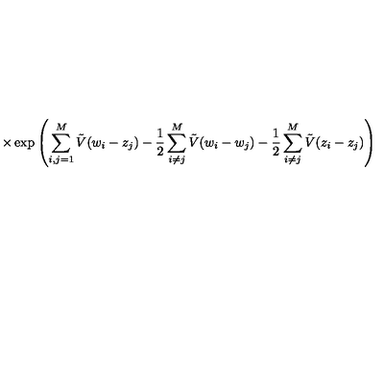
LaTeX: \times \exp \left( \sum _ { i , j = 1 } ^ { M } \tilde { V } ( w _ { i } - z _ { j } ) - \frac { 1 } { 2 } \sum _ { i \neq j } ^ { M } \tilde { V } ( w _ { i } - w _ { j } ) - \frac { 1 } { 2 } \sum _ { i \neq j } ^ { M } \tilde { V } ( z _ { i } - z _ { j } ) \right)